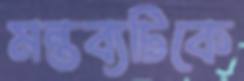
মন্তব্যটিকে